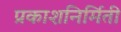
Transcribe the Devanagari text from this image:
प्रकाशनिर्मिती